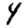
Digit: 4